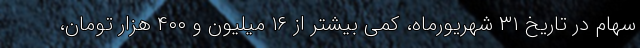
سهام در تاریخ ۳۱ شهریورماه، کمی بیشتر از ۱۶ میلیون و ۴۰۰ هزار تومان،